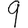
Digit: 9